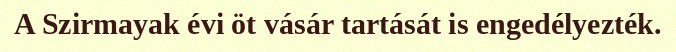
A Szirmayak évi öt vásár tartását is engedélyezték.